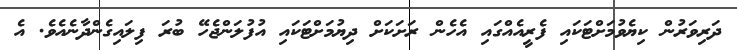
ދަރިވަރުން ކިޔެވުމަށްޓަކައި ފެރީއެއްގައި އެހެން ރަށަކަށް ދިޔުމަށްޓަކައި އުފުލަންޖެހޭ ބުރަ ފިލައިގެންދާނެއެވެ. އެ